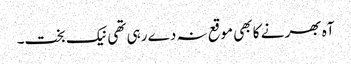
آہ بھر نے کا بھی موقع نہ دے رہی تھی نیک بخت۔